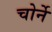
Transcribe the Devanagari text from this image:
चोर्ने